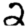
Digit: 2